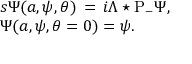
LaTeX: \begin{array} { l } { { { s \Psi ( a , \psi , \theta ) \, = \, i \Lambda \star \mathrm { P } _ { - } \Psi , } } } \\ { { { \Psi ( a , \psi , \theta = 0 ) = \psi . } } } \end{array}